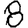
Digit: 8